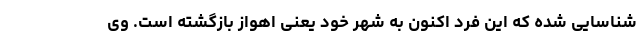
شناسایی شده که این فرد اکنون به شهر خود یعنی اهواز بازگشته است. وی